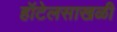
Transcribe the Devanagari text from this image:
हॉटेलसाखळी